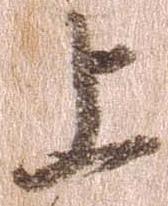
上